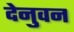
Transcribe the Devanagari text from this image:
देनुवन